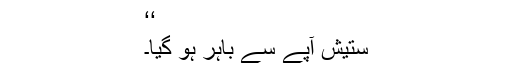
‘‘
ستیش آپے سے باہر ہو گیا۔